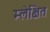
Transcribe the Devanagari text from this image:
म्लेक्षित